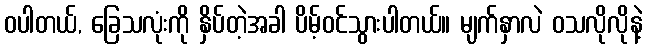
ဝပါတယ်, ခြေသလုံးကို နှိပ်တဲ့အခါ ပိမ့်ဝင်သွားပါတယ်။ မျက်နှာလဲ ဝသလိုလိုနဲ့